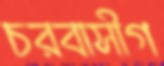
চরবাসীগ